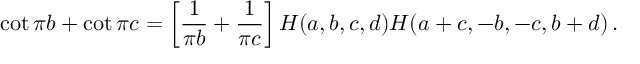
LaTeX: \cot \pi b + \cot \pi c = \left[ \frac { 1 } { \pi b } + \frac { 1 } { \pi c } \right] H ( a , b , c , d ) H ( a + c , - b , - c , b + d ) \, .